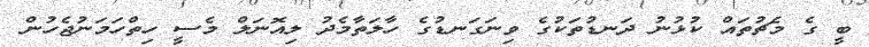
ބީ ގެ މެޗުތައް ކުޅުނު ދަނޑުތަކުގެ ވިނަގަނޑުގެ ހާލަތާމެދު ލިއޮނަލް މެސީ ހިތްހަމަނުޖެހުން